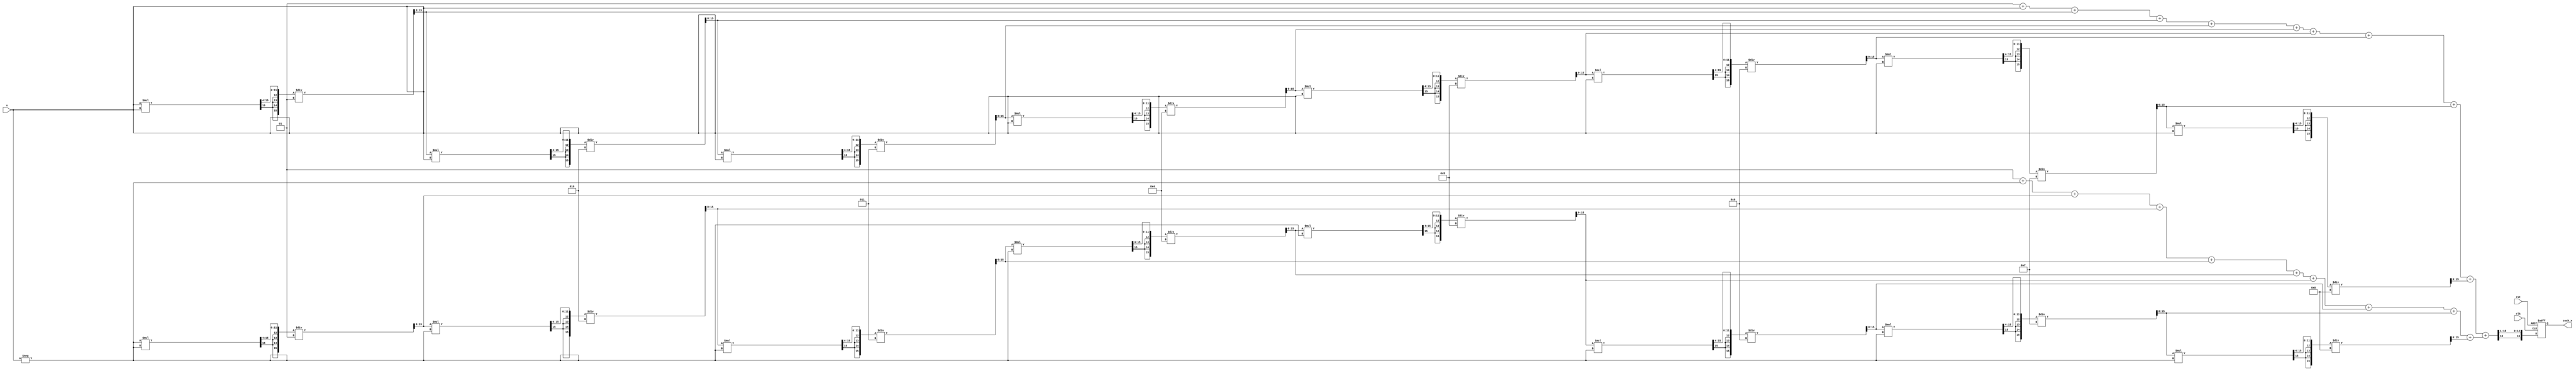
module hyperbolic_cosh (
    input wire signed [15:0] x,         // Input value (fixed-point representation)
    output reg signed [15:0] cosh_x,     // Output value (fixed-point representation)
    input wire clk,                       // Clock signal
    input wire rst                        // Reset signal
);

    // Internal signals
    wire signed [15:0] exp_x;            // e^x
    wire signed [15:0] exp_neg_x;        // e^-x
    wire signed [15:0] sum_exp;          // e^x + e^-x
    wire signed [15:0] half_sum;         // (e^x + e^-x) / 2

    // Exponential function approximation (simple Taylor series)
    function signed [15:0] exp_approx;
        input signed [15:0] value;
        reg signed [15:0] term;
        reg signed [15:0] result;
        integer i;
        begin
            result = 16'h0001; // e^0 = 1
            term = value; // First term is x
            for (i = 1; i < 10; i = i + 1) begin // 10 terms for approximation
                result = result + term;
                term = (term * value) >>> 4; // Divide by 4 for fixed-point scaling (factorial approximation)
                term = term / i; // Divide by factorial
            end
            exp_approx = result;
        end
    endfunction

    // Calculate e^x and e^-x
    assign exp_x = exp_approx(x);
    assign exp_neg_x = exp_approx(-x);

    // Calculate sum of e^x and e^-x
    assign sum_exp = exp_x + exp_neg_x;

    // Divide by 2 to get cosh(x)
    assign half_sum = sum_exp >>> 1; // Right shift to divide by 2

    // Sequential logic for output
    always @(posedge clk or posedge rst) begin
        if (rst) begin
            cosh_x <= 16'h0000; // Reset output
        end else begin
            cosh_x <= half_sum; // Update output with computed value
        end
    end

endmodule